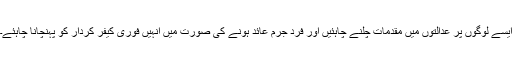
ایسے لوگوں پر عدالتوں میں مقدمات چلنے چاہئیں اور فرد جرم عائد ہونے کی صورت میں انہیں فوری کیفر کردار کو پہنچانا چاہئے۔